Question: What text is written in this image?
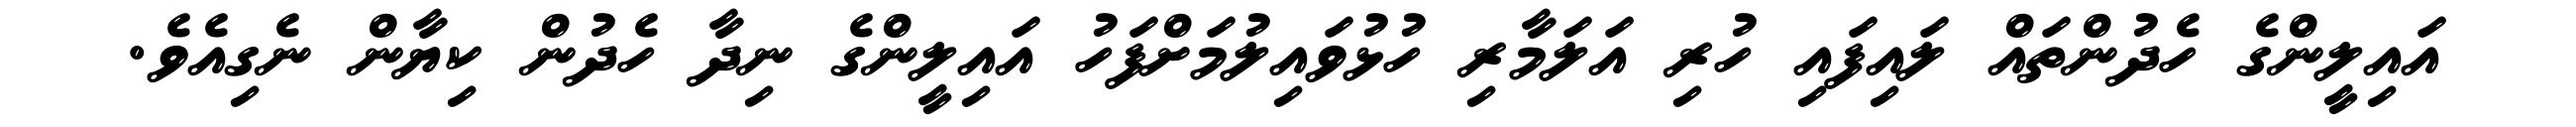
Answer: އައިލީންގެ ހެދުންތައް ލައިފައި ހުރި އަލަމާރި ހުޅުވައިލުމަށްފަހު އައިލީންގެ ނިދާ ހެދުން ކިޔާން ނެގިއެވެ.